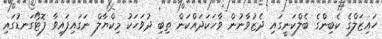
ހައިޒަލްގެ ކެބިންގެ ބެލްކަނީގައި ދެޒުވާނުން ވާހަކަދައްކަން ތިބި ދުވަހަކު މިކްޔާލް ނަގައިފައިވާ ފޮޓޯގަނޑުގައި